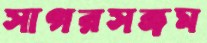
সাগরসঙ্গম